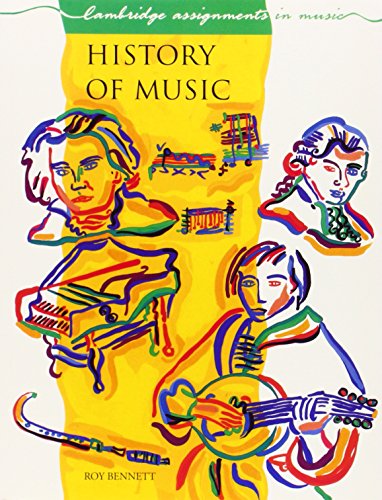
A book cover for History of Music (Cambridge Assignments in Music); Roy Bennett; Teen & Young Adult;